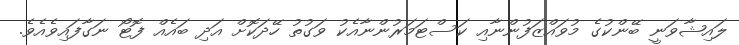
ލައިޝާވަނީ ބޭންކުގެ މުވައްޒަފުންނާއި ކަސްޓަމަރުންނާއެކު ވަގުތު ހޭދަކޮށް އަދި ބައެއް ފޮޓޯ ނަގާފައިވެއެވެ.